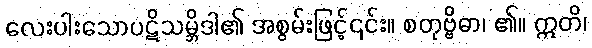
လေးပါးသောပဋိသမ္ဘိဒါ၏ အစွမ်းဖြင့်၎င်း။ စတုဗ္ဗိဓာ၊ ၏။ ဣတိ၊